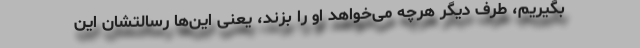
بگیریم، طرف دیگر هرچه می‌خواهد او را بزند، یعنی این‌ها رسالتشان این